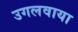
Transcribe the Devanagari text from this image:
उगलवाया